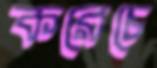
করেচে